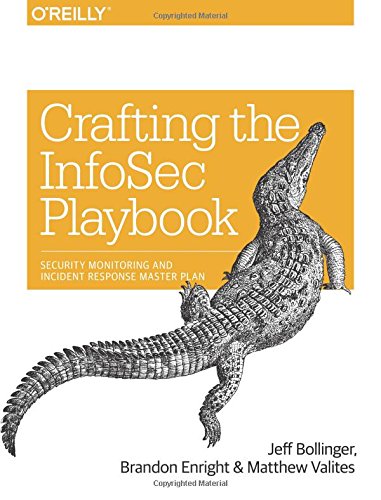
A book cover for Crafting the InfoSec Playbook: Security Monitoring and Incident Response Master Plan; Jeff Bollinger; Computers & Technology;